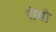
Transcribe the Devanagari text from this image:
रोमो